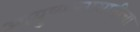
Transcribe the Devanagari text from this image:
आयुष्यभरासाठीचा